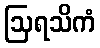
ဩရသိကံ